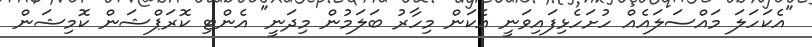
"އެކަހަލަ މައްސަލައެއް ހުށަހެޅިފައިވަނީ އެކަން މިހާރު ބަލަމުން މިދަނީ" އެންޓި ކޮރަޕްޝަން ކޮމިޝަން